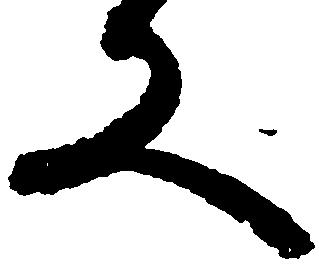
又